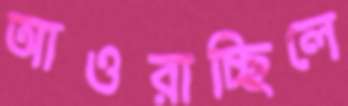
আওরাচ্ছিলে